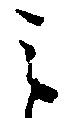
之